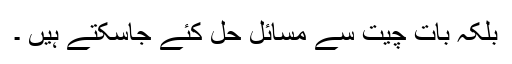
بلکہ بات چیت سے مسائل حل کئے جاسکتے ہیں ۔